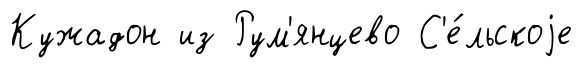
Кужадон из Рум'янцево С'е́льскоjе